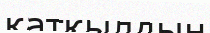
қатқылдың